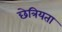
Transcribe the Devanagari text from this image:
छेत्रियता